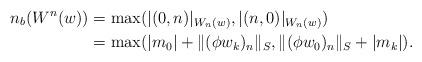
LaTeX: \begin{align*} n_b(W^n(w))&=\max(\lvert (0,n)\rvert_{W_n(w)},\lvert (n,0)\rvert_{W_n(w)})\\&=\max(\lvert m_0\rvert + \lVert (\phi w_k)_n\rVert_S, \lVert (\phi w_0)_n\rVert_S+\lvert m_k\rvert).\end{align*}